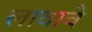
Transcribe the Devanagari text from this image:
लावाचे